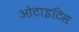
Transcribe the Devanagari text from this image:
ओटाइटिस